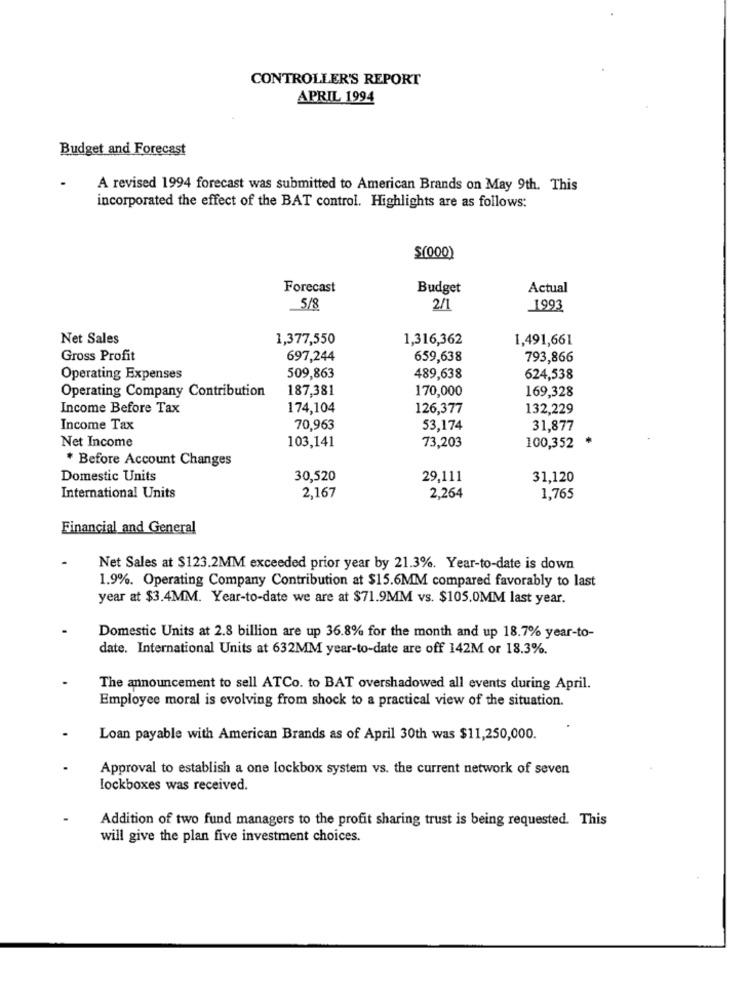
CONTROLLER'S REPORT
APRIL 1994
Budget and Forecast
A revised 1994 forecast was submitted to American Brands on May 9th. This
incorporated the effect of the BAT control. Highlights are as follows:
$(000)
Forecast
Budget
Actual
5/8
2/1
1993
Net Sales
1,377,550
1,316,362
1,491,661
Gross Profit
697,244
659,638
793,866
Operating Expenses
509,863
489,638
624,538
Operating Company Contribution
187,381
170,000
169,328
Income Before Tax
174,104
126,377
132,229
Income Tax
70,963
53,174
31,877
Net Income
73,203
103,141
100,352
* Before Account Changes
Domestic Units
30,520
29,111
31,120
International Units
2,167
2.264
1,765
Financial and General
Net Sales at $123.2MM exceeded prior year by 21.3%. Year-to-date is down
1.9%. Operating Company Contribution at $15.6MM compared favorably to last
year at $3.4MM. Year-to-date we are at $71.9MM vs. $105.0MM last year.
Domestic Units at 2.8 billion are up 36.8% for the month and up 18.7% year-to-
date. International Units at 632MM year-to-date are off 142M or 18.3%.
The announcement to sell ATCo. to BAT overshadowed all events during April.
Employee moral is evolving from shock to a practical view of the situation.
Loan payable with American Brands as of April 30th was $11,250,000.
Approval to establish a one lockbox system vs. the current network of seven
lockboxes was received.
Addition of two fund managers to the profit sharing trust is being requested. This
will give the plan five investment choices.